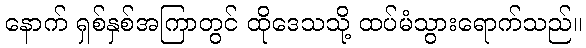
နောက် ရှစ်နှစ်အကြာတွင် ထိုဒေသသို့ ထပ်မံသွားရောက်သည်။